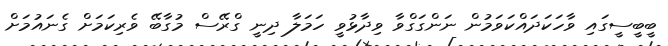
ބީބީސީގައި ވާހަކަދައްކަވަމުން ނަންގަގްވާ ވިދާޅުވީ ހަމަލާ ދިނީ ގްރޭސް މުގާބޭ ވެރިކަމަށް ގެނައުމަށް